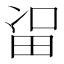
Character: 𱰯